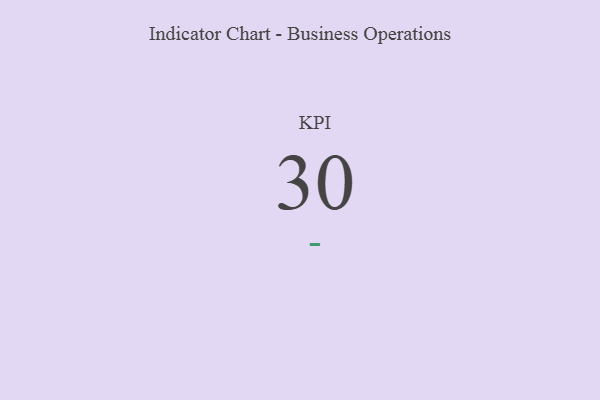
{"axis": {"x": "KPI", "y": "Value"}, "legend": [""], "data": [{"x": "KPI", "y": 30, "type": ""}]}